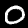
Digit: 0